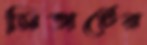
সিভার্টের